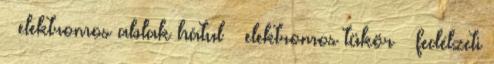
– elektromos ablak hátul – elektromos tükör – fedélzeti